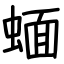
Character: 蝒